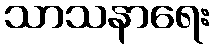
သာသနာရေး